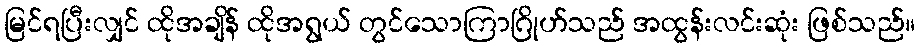
မြင်ရပြီးလျှင် ထိုအချိန် ထိုအရွယ် တွင်သောကြာဂြိုဟ်သည် အထွန်းလင်းဆုံး ဖြစ်သည်။